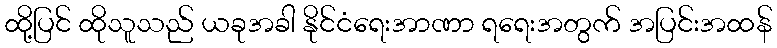
ထို့ပြင် ထိုသူသည် ယခုအခါ နိုင်ငံရေးအာဏာ ရရေးအတွက် အပြင်းအထန်